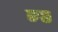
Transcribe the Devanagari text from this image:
ब्ग्छ